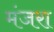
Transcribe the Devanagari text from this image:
मंजरा